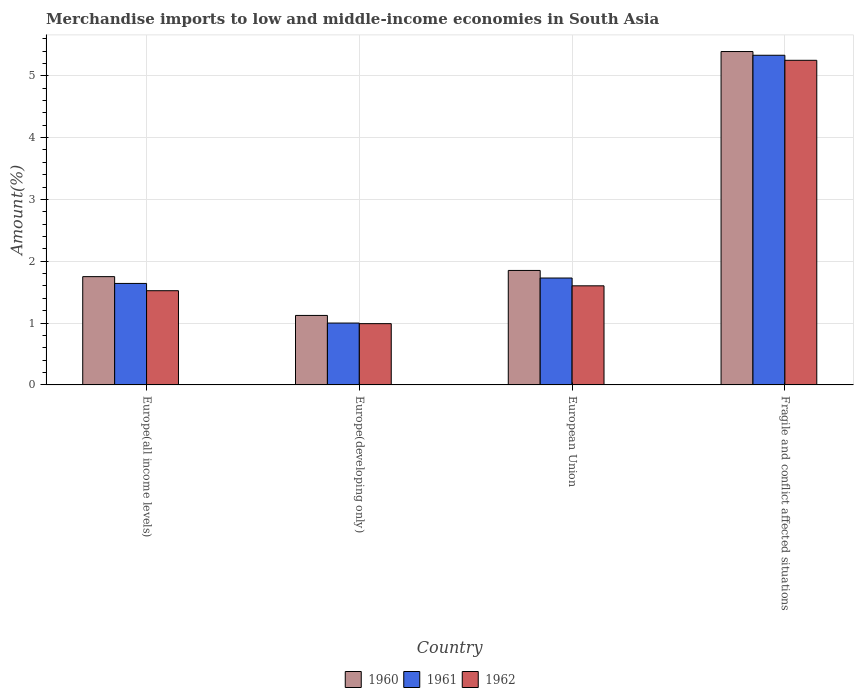
| Country | 1960 | 1961 | 1962 |
 | --- | --- | --- | --- |
 | Europe(all income levels) | 1.75 | 1.64 | 1.52 |
 | Europe(developing only) | 1.12 | 1 | 0.991 |
 | European Union | 1.85 | 1.73 | 1.6 |
 | Fragile and conflict affected situations | 5.39 | 5.33 | 5.25 |